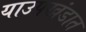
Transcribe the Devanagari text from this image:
याउपखंडात